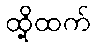
ထို့ထက်